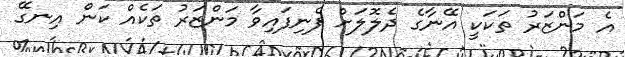
އެ މަންޒަރު ތަކަކީ އޭނާގެ ދެލޮލަށް ފެނިފައިވާ މަންޒަރު ތަކެއް ކަން އިނގޭ